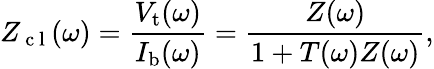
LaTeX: Z_{\mathrm{~c~l~}}(\omega)=\frac{V_{\mathrm{t}}(\omega)}{I_{\mathrm{b}}(\omega)}=\frac{Z(\omega)}{1+T(\omega)Z(\omega)},